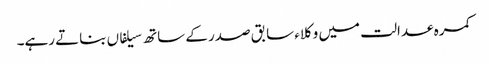
کمرہ عدالت میں وکلاء سابق صدر کے ساتھ سیلفاں بناتے رہے۔